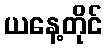
ယနေ့တိုင်